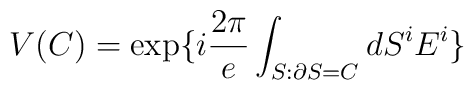
V(C)=\exp\{i \frac{2\pi}{e} \int_{S: \partial S=C} dS^iE^i\}